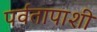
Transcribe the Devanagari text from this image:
पर्वतापाशी